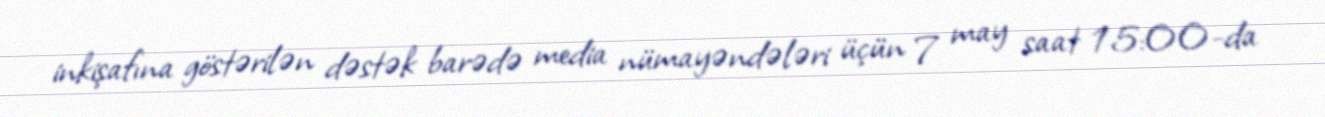
inkişafına göstərilən dəstək barədə media nümayəndələri üçün 7 may saat 15:00-da